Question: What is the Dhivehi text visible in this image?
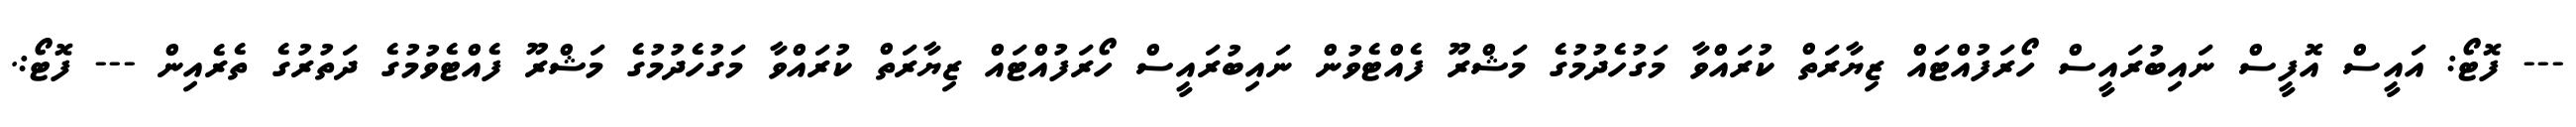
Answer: --- ފޮޓޯ: އައީސް އޮފީސް ނައިބުރައީސް ހޯރަފުއްޓައް ޒިޔާރަތް ކުރައްވާ މަގުހެދުމުގެ މަޝްރޫ ފެއްޓެވުން ނައިބުރައީސް ހޯރަފުއްޓައް ޒިޔާރަތް ކުރައްވާ މަގުހެދުމުގެ މަޝްރޫ ފެއްޓެވުމުގެ ދަތުރުގެ ތެރެއިން --- ފޮޓޯ:.